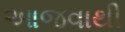
આજવાથી